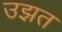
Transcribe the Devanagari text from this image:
उझत